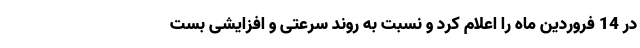
در 14 فروردین ماه را اعلام کرد و نسبت به روند سرعتی و افزایشی بست